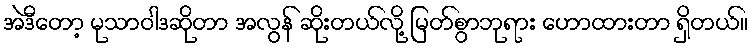
အဲဒီတော့ မုသာဝါဒဆိုတာ အလွန် ဆိုးတယ်လို့ မြတ်စွာဘုရား ဟောထားတာ ရှိတယ်။